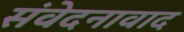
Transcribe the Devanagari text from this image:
संवेदनावाद